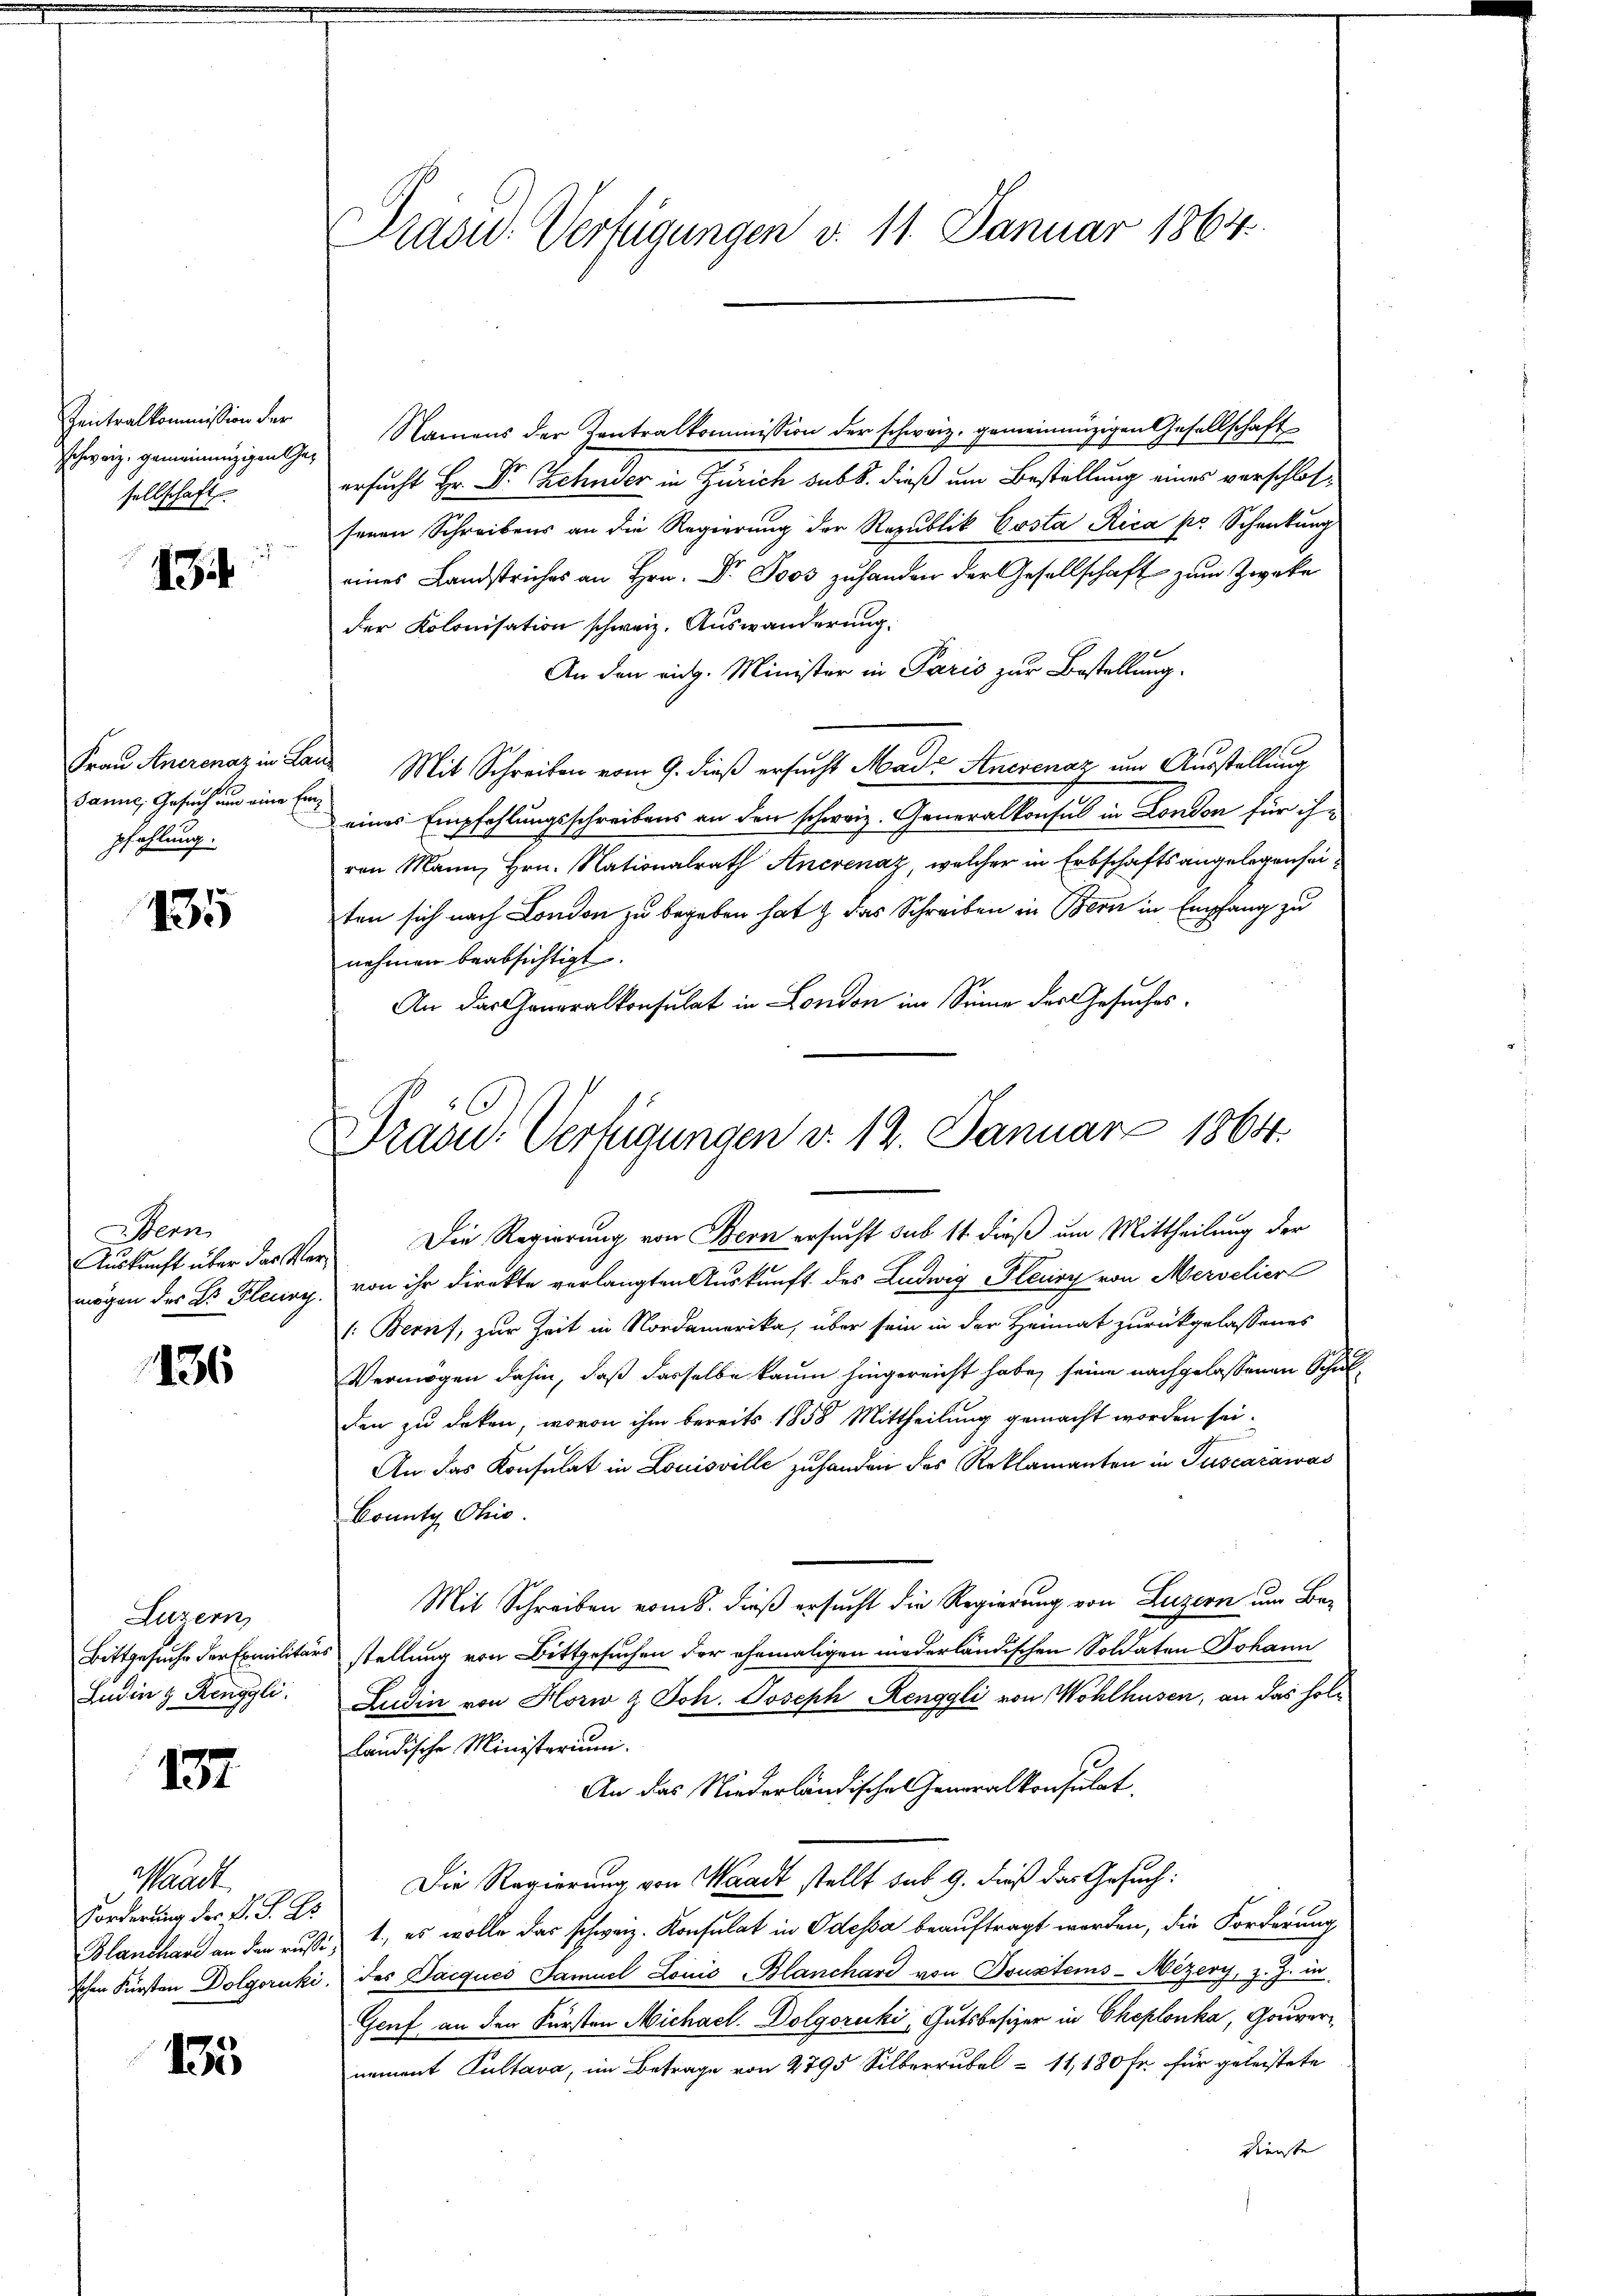
Zentralkommission der
Schweiz. gemeinenzigen Gesellschaft

134

Frau Anerenaz in La
Janne, Gesuch und eine Einpfahlung.

135

Bern
mögen der Dr. Flecing.

136

Luzern,
Bittgesuche der Eamilitärs
Lndin z. Renggli

157

Waadt
Forderung der L. S. Ar
Blanchard an den ausschen Fürsten Dolgoruki

135

Präsid. Verfügungen d. 11. Januar 1864.

Namens der Zentralkommission der schweiz. gemeinnüzigen Gesellschaft
ersucht Hr. Dr Zehnder in Zürich sub b. dieß um Bestellung eines verschlossenen Schreibens an die Regierung der Republik Costa Rica pr. Schenkung
eines Landstriches an Hrn. Dr. Joos zuhanden der Gesellschaft zum Zwecke
der Kolonisation schweiz. Auswanderung.
An den eidg. Minister in Paris zur Bestellung.
 Mit Schreiben vom 9. dieß ersucht Mad. Anerenaz um Ausstellung
eines Empfehlungsschreibens an den schweiz. Generalkonsul in London für ihn
ven Mann, Hrn. Nationalrath Ancvenaz, welcher in Erbschaftsangelegenseiten sich nach London zu begeben hat & das Schreiben in Bern in Empfang zu
nehmen beabsichtigt.
An das Generalkonsulat in London im Sinne des Gesuches
Auskunft über das Ver- Die Regierung von Bern ersucht sub 14 dieß um Mittheilung der
von ihr direkte verlangten Auskunft des Ludwig Planiry von Merselier
1: Bern, zur Zeit in Nordamerika, über sein in der Heimat zurückgelassenes
Vermögen dahin, daß dasselbe kaum hingereicht habe, seine nachgelassenen Schulden zu deken, wovon ihm bereits 1858 Mittheilung gemacht worden sei.
An das Konsulat in Louisville zu handen des Reklamanten in Tuscarawas
Bounty Ohio.
Mit Schreiben vom 8. dieß ersucht die Regierung von Luzern um Besstellung von Bittgesuchen der ehemaligen niederländischen Soldaten Johann
Ludin von Horw & Joh. Joseph Renggli von Wohlhusen, an das holländische Ministerium.
An das Niederländische Generalkonsulat
Die Regierung von Waadt stellt sub 9. dieß das Gesuch:
21., es wolle das schweiz. Konsulat in Odessa beauftragt werden, die Forderung
 des Jacques Samuel Louis Blanchard von Doustems-Mezery, z. Z. in
Genf an den Fürsten Michael. Dolgoruki, Gutsbesizer in Cheplonka, Gouvernement Kustava, im Betrage von 2795 Silberrubel - 11,180 Fr. für geleistete
Dienste

Draad: Verfügungen v. 12. Januar 1864.